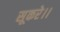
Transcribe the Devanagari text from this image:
सूकरे।।